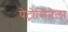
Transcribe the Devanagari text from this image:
पेट्रोसिनेला